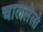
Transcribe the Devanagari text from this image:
चाललेलो